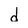
Character: d